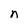
Character: n